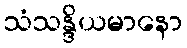
သံသန္ဒိယမာနော